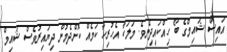
އައިސް ޝައިމްގެ ބޯ ހިއްކައިދިނެވެ. މަލަކާ އެހުރިހާ ކަމެއް ކޮށްދެމުން ދިޔައިރުވެސް ޝައިމް